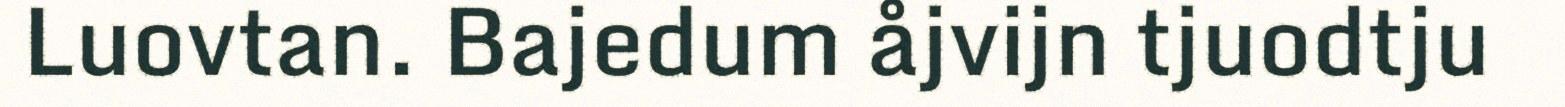
Luovtan. Bajedum åjvijn tjuodtju